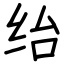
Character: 绐